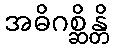
အဓိဂစ္ဆိန္တိ